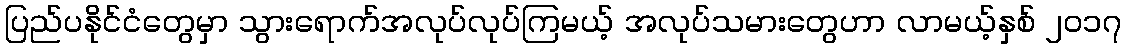
ပြည်ပနိုင်ငံတွေမှာ သွားရောက်အလုပ်လုပ်ကြမယ့် အလုပ်သမားတွေဟာ လာမယ့်နှစ် ၂၀၁၇